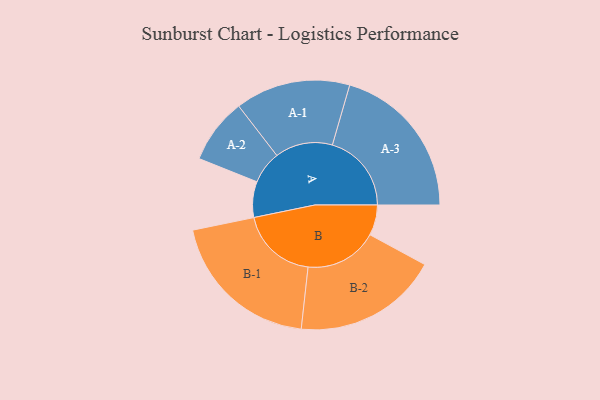
{"axis": {"x": "Segment", "y": "Value"}, "legend": ["", "A", "B"], "data": [{"x": "A", "y": 128, "type": ""}, {"x": "B", "y": 109, "type": ""}, {"x": "A-1", "y": 206, "type": "A"}, {"x": "A-2", "y": 117, "type": "A"}, {"x": "A-3", "y": 283, "type": "A"}, {"x": "B-1", "y": 276, "type": "B"}, {"x": "B-2", "y": 260, "type": "B"}]}